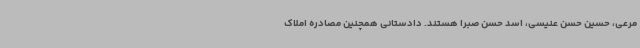
مرعی، حسین حسن عنیسی، اسد حسن صبرا هستند. دادستانی همچنین مصادره املاک